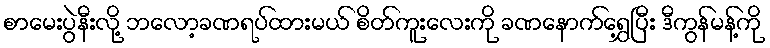
စာမေးပွဲနီးလို့ ဘလော့ခဏရပ်ထားမယ် စိတ်ကူးလေးကို ခဏနောက်ရွှေ့ပြီး ဒီကွန်မန့်ကို